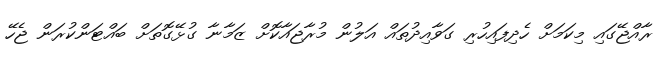
ރާއްޖޭގައި މިކަމަށް ހެދިފައިހުރި ގަވާއިދުތައް އަލުން މުރާޖައާކޮށް ޒަމާނާ ގުޅޭގޮތަށް ބައްޓަންކުރަން ޖެހޭ